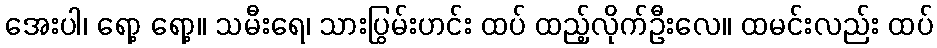
အေးပါ၊ ရော့ ရော့။ သမီးရေ၊ သားပြွမ်းဟင်း ထပ် ထည့်လိုက်ဦးလေ။ ထမင်းလည်း ထပ်